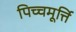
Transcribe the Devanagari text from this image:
पिच्चमूर्त्ति